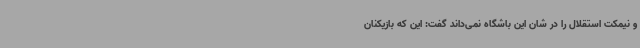
و نیمکت استقلال را در شان این باشگاه نمی‌داند گفت: این که بازیکنان